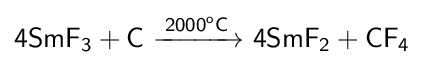
{\mathsf {4SmF_{3}+C\ {\xrightarrow {2000^{o}C}}\ 4SmF_{2}+CF_{4}}}